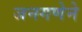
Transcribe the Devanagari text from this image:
जनगणेने